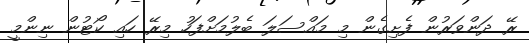
ރޭ ދަންވަރުން ފެށިގެން މި މައްސަލަ ބެލުމަށްފަހު މިރޭ ހައި ކޯޓުން ނިންމީ